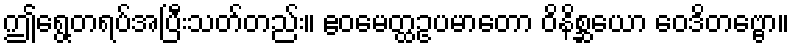
ဤရွေ့တရပ်အပြီးသတ်တည်း။ ဧဝမေတ္ထဥပမာတော ဝိနိစ္ဆယော ဝေဒိတဗ္ဗော။